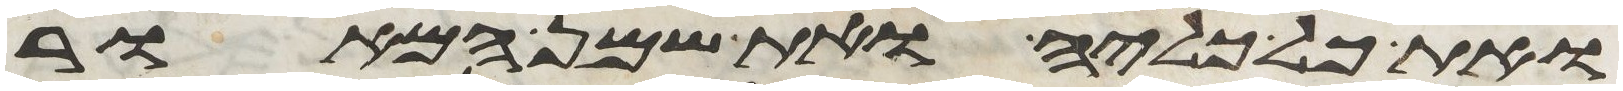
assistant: ואת כל כליה ואת שמן המאור